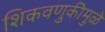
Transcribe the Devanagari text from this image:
शिकवणुकीमुळे